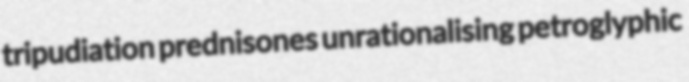
tripudiation prednisones unrationalising petroglyphic